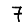
Digit: 7